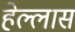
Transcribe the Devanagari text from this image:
हेल्लास